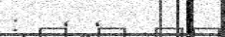
: